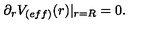
\partial _ { r } V _ { ( e f f ) } ( r ) | _ { r = R } = 0 .